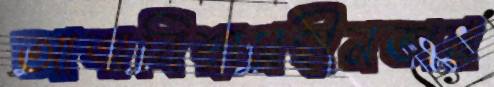
আত্মবিশ্বাসহীনতায়